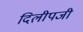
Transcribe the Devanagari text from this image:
दिलीपजी